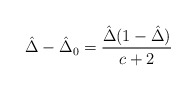
\begin{align*}{\hat \Delta}-{\hat \Delta}_0=\frac{{\hat \Delta}(1-{\hat \Delta})}{c+2}\end{align*}